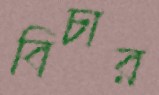
বিচার